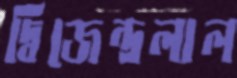
দ্বিজেন্দ্রলাল